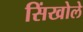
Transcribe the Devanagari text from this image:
सिंखोले